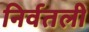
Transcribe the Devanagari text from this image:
निर्वतली